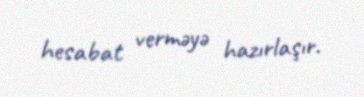
hesabat verməyə hazırlaşır.